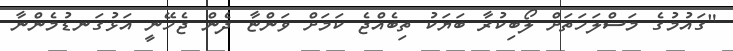
"ގައުމުގެ މަސްލަހަތަށް ލޯބިކުރާ ބަޔަކު ތިބެއްޖެ ކަމަށް ވަންޏާ ދެން ޖެހޭނީ އަޅުގަނޑުމެންނާ